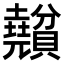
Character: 𧹅